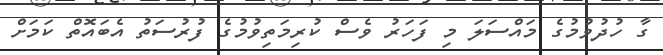
ގާ ހުދުވުމުގެ މައްސަލަ މި ފަހަރު ވެސް ކުރިމަތިވުމުގެ ފުރުސަތު އެބައޮތް ކަމަށް